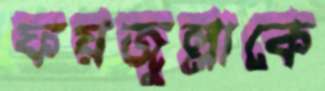
ফয়জুল্লাকে